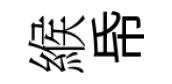
緱帋